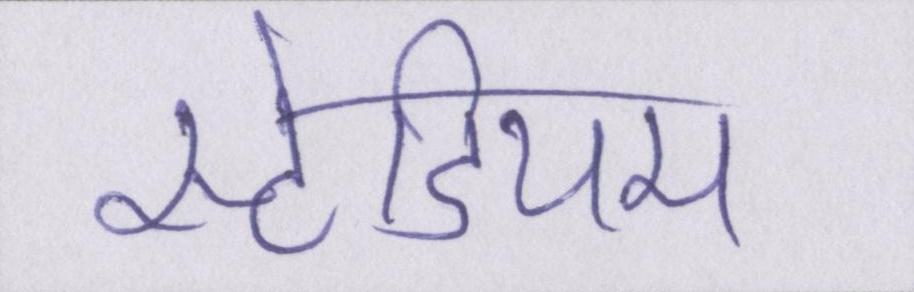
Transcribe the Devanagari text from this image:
स्टेडियम